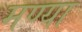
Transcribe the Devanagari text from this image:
मण्या